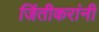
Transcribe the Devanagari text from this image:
जिंतीकरांनी